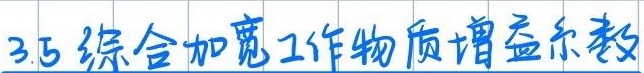
3.5 综合加宽工作物质增益系数